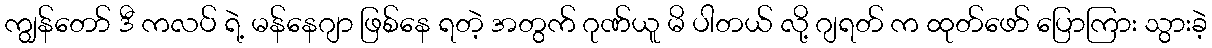
ကျွန်တော် ဒီ ကလပ် ရဲ့ မန်နေဂျာ ဖြစ်နေ ရတဲ့ အတွက် ဂုဏ်ယူ မိ ပါတယ် လို့ ဂျရတ် က ထုတ်ဖော် ပြောကြား သွားခဲ့